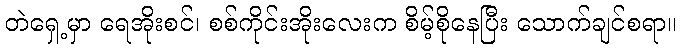
တဲရှေ့မှာ ရေအိုးစင်၊ စစ်ကိုင်းအိုးလေးက စိမ့်စိုနေပြီး သောက်ချင်စရာ။